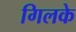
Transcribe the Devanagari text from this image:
गिलके